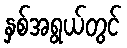
နှစ်အရွယ်တွင်